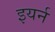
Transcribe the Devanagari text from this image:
इयर्न